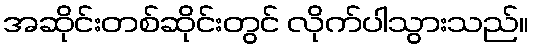
အဆိုင်းတစ်ဆိုင်းတွင် လိုက်ပါသွားသည်။